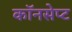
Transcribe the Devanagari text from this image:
कॉनसेप्ट